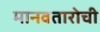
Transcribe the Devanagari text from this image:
मानवतारोची